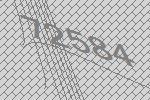
72584